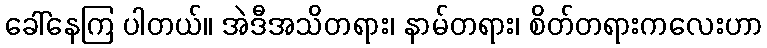
ခေါ်နေကြ ပါတယ်။ အဲဒီအသိတရား၊ နာမ်တရား၊ စိတ်တရားကလေးဟာ